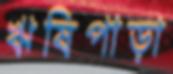
ঋষিপাড়া